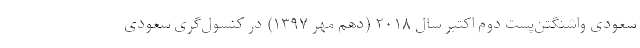
سعودی واشنگتن‌پست دوم اکتبر سال ۲۰۱۸ (دهم مهر ۱۳۹۷) در کنسول‌گری سعودی